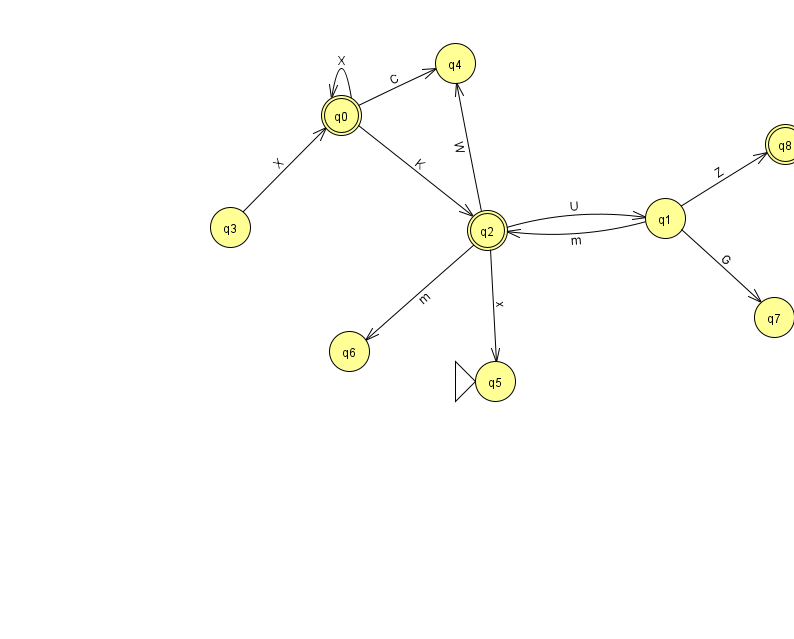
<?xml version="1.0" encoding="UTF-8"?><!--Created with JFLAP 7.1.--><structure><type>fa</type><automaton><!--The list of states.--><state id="0" name="q0"><x>341.0</x><y>102.0</y><final/></state><state id="1" name="q1"><x>665.0</x><y>205.0</y></state><state id="2" name="q2"><x>487.0</x><y>217.0</y><final/></state><state id="3" name="q3"><x>230.0</x><y>214.0</y></state><state id="4" name="q4"><x>455.0</x><y>50.0</y></state><state id="5" name="q5"><x>495.0</x><y>368.0</y><initial/></state><state id="6" name="q6"><x>349.0</x><y>338.0</y></state><state id="7" name="q7"><x>774.0</x><y>304.0</y></state><state id="8" name="q8"><x>785.0</x><y>131.0</y><final/></state><!--The list of transitions.--><transition><from>2</from><to>4</to><read>W</read></transition><transition><from>2</from><to>5</to><read>x</read></transition><transition><from>0</from><to>2</to><read>K</read></transition><transition><from>1</from><to>2</to><read>m</read></transition><transition><from>3</from><to>0</to><read>X</read></transition><transition><from>1</from><to>7</to><read>G</read></transition><transition><from>0</from><to>0</to><read>X</read></transition><transition><from>1</from><to>8</to><read>Z</read></transition><transition><from>2</from><to>6</to><read>m</read></transition><transition><from>0</from><to>4</to><read>C</read></transition><transition><from>2</from><to>1</to><read>U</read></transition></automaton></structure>